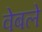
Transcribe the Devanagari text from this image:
वेबले